Report on vaccination in the Province of Bengal - 1869-1873
Year: 1869
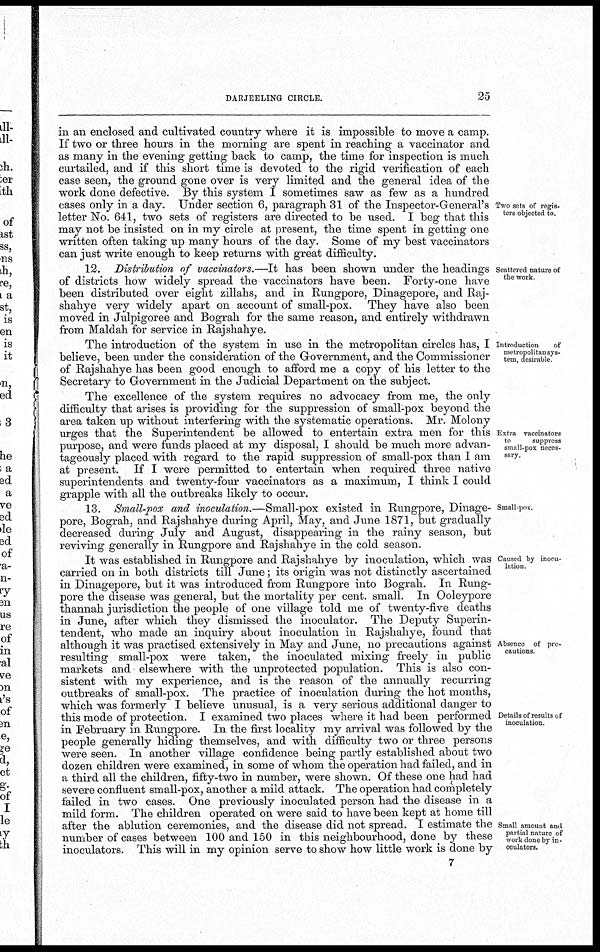
DARJEELING CIRCLE.
25
Two sets of regis-
ters objected to.
in an enclosed and cultivated country where it is impossible to move a camp.
If two or three hours in the morning are spent in reaching a vaccinator and
as many in the evening getting back to camp, the time for inspection is much
curtailed, and if this short time is devoted to the rigid verification of each
case seen, the ground gone over is very limited and the general idea of the
work done defective. By this system I sometimes saw as few as a hundred
cases only in a day. Under section 6, paragraph 31 of the Inspector-General's
letter No. 641, two sets of registers are directed to be used. I beg that this
may not be insisted on in my circle at present, the time spent in getting one
written often taking up many hours of the day. Some of my best vaccinators
can just write enough to keep returns with great difficulty.
Scattered nature of
the work
12. Distribution of vaccinators.—It has been shown under the headings
of districts how widely spread the vaccinators have been. Forty-one have
been distributed over eight zillahs, and in Rungpore, Dinagepore, and Raj-
shahye very widely apart on account of small-pox. They have also been
moved in Julpigoree and Bograh for the same reason, and entirely withdrawn
from Maldah for service in Rajshahye.
Introduction
of
metropolitan sys-
tem, desirable
The introduction of the system in use in the metropolitan circles has, I
believe, been under the consideration of the Government, and the Commissioner
of Rajshahye has been good enough to afford me a copy of his letter to the
Secretary to Government in the Judicial Department on the subject.
Extra vaccinators
to
suppress
small-pox neces-
sary.
The excellence of the system requires no advocacy from me, the only
difficulty that arises is providing for the suppression of small-pox beyond the
area taken up without interfering with the systematic operations. Mr. Molony
urges that the Superintendent be allowed to entertain extra men for this
purpose, and were funds placed at my disposal, I should be much more advan-
tageously placed with regard to the rapid suppression of small-pox than I am
at present. If I were permitted to entertain when required three native
superintendents and twenty-four vaccinators as a maximum, I think I could
grapple with all the outbreaks likely to occur.
Small pox.
13. Small-pox and inoculation.—Small-pox existed in Rungpore, Dinage-
pore, Bograh, and Rajshahye during April, May, and June 1871, but gradually
decreased during July and August, disappearing in the rainy season, but
reviving generally in Rungpore and Rajshahye in the cold season.
Caused by inocu-
lation
Absence of pre-
cautions
Details of results of
inoculation
Small amount and
partial nature of
work done by in-
oculators.
It was established in Rungpore and Rajshahye by inoculation, which was
carried on in both districts till June; its origin was not distinctly ascertained
in Dinagepore, but it was introduced from Rungpore into Bograh. In Rung-
pore the disease was general, but the mortality per cent. small. In Ooleypore
thannah jurisdiction the people of one village told me of twenty-five deaths
in June, after which they dismissed the inoculator. The Deputy Superin-
tendent, who made an inquiry about inoculation in Rajshahye, found that
although it was practised extensively in May and June, no precautions against
resulting small-pox were taken, the inoculated mixing freely in public
markets and elsewhere with the unprotected population. This is also con-
sistent with my experience, and is the reason of the annually recurring
outbreaks of small-pox. The practice of inoculation during the hot months,
which was formerly I believe unusual, is a very serious additional danger to
this mode of protection. I examined two places where it had been performed
in February in Rungpore. In the first locality my arrival was followed by the
people generally hiding themselves, and with difficulty two or three persons
were seen. In another village confidence being partly established about two
dozen children were examined, in some of whom the operation had failed, and in
a third all the children, fifty-two in number, were shown. Of these one had had
severe confluent small-pox, another a mild attack. The operation had completely
failed in two cases. One previously inoculated person had the disease in a
mild form. The children operated on were said to have been kept at home till
after the ablution ceremonies, and the disease did not spread. I estimate the
number of cases between 100 and 150 in this neighbourhood, done by these
inoculators. This will in my opinion serve to show how little work is done by
7